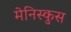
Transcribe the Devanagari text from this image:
मेनिस्कुस